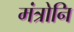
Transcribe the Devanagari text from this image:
मंत्रोनि